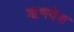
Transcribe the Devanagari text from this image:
ऋणवेश